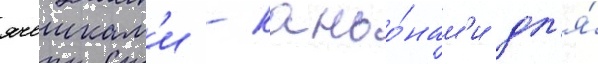
ячеикам'и - каньо́нам'и дл'я́